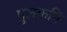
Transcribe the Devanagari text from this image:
पुलकनि